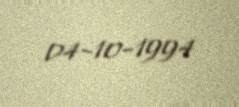
04-10-1994